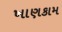
ખાણકામ